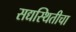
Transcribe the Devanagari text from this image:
सद्यस्थितीचा